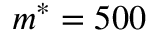
m ^ { * } = 5 0 0